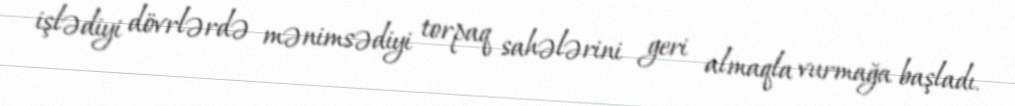
işlədiyi dövrlərdə mənimsədiyi torpaq sahələrini geri almaqla vurmağa başladı.